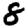
Digit: 8